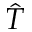
\hat { T }